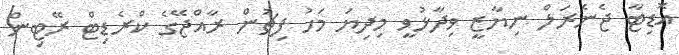
އޮޑިޓާ ޖެނެރަލް ނިޔާޒީ ވިދާޅުވީ މިދިޔަ މަހު ފިޗުން ރާއްޖޭގެ ކްރެޑިޓް ރޭޓިން